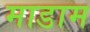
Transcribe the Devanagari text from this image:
माडाम